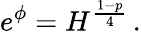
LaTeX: e^{\phi}=H^{\frac{1-p}{4}}\, .